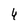
Character: 4